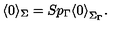
\langle 0 \rangle _ { \Sigma } = S p _ { \Gamma } { \langle 0 \rangle } _ { \Sigma _ { \Gamma } } .